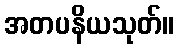
အတပနိယသုတ်။